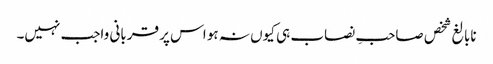
نابالغ شخص صاحبِ نصاب ہی کیوں نہ ہو اس پر قربانی واجب نہیں۔